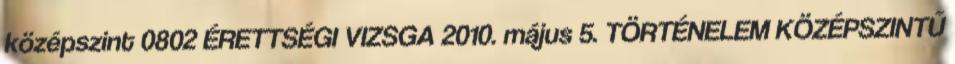
középszint 0802 ÉRETTSÉGI VIZSGA 2010. május 5. TÖRTÉNELEM KÖZÉPSZINTŰ